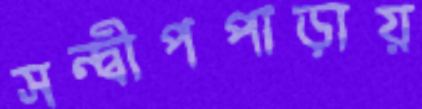
সন্দ্বীপপাড়ায়